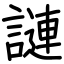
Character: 謰